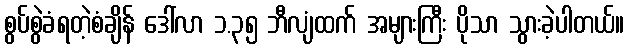
စွပ်စွဲခံရတဲ့စံချိန် ဒေါ်လာ ၁.၃၅ ဘီလျံထက် အများကြီး ပိုသာ သွားခဲ့ပါတယ်။